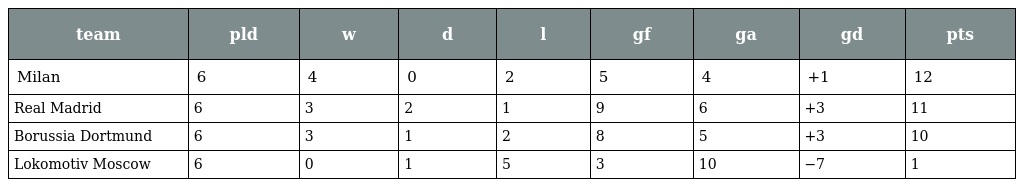
| team | pld | w | d | l | gf | ga | gd | pts |
 | --- | --- | --- | --- | --- | --- | --- | --- | --- |
 | Milan | 6 | 4 | 0 | 2 | 5 | 4 | +1 | 12 |
 | Real Madrid | 6 | 3 | 2 | 1 | 9 | 6 | +3 | 11 |
 | Borussia Dortmund | 6 | 3 | 1 | 2 | 8 | 5 | +3 | 10 |
 | Lokomotiv Moscow | 6 | 0 | 1 | 5 | 3 | 10 | −7 | 1 |